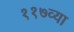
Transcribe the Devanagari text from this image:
११७व्या